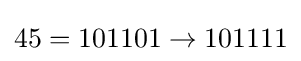
45=101101\rightarrow 101111